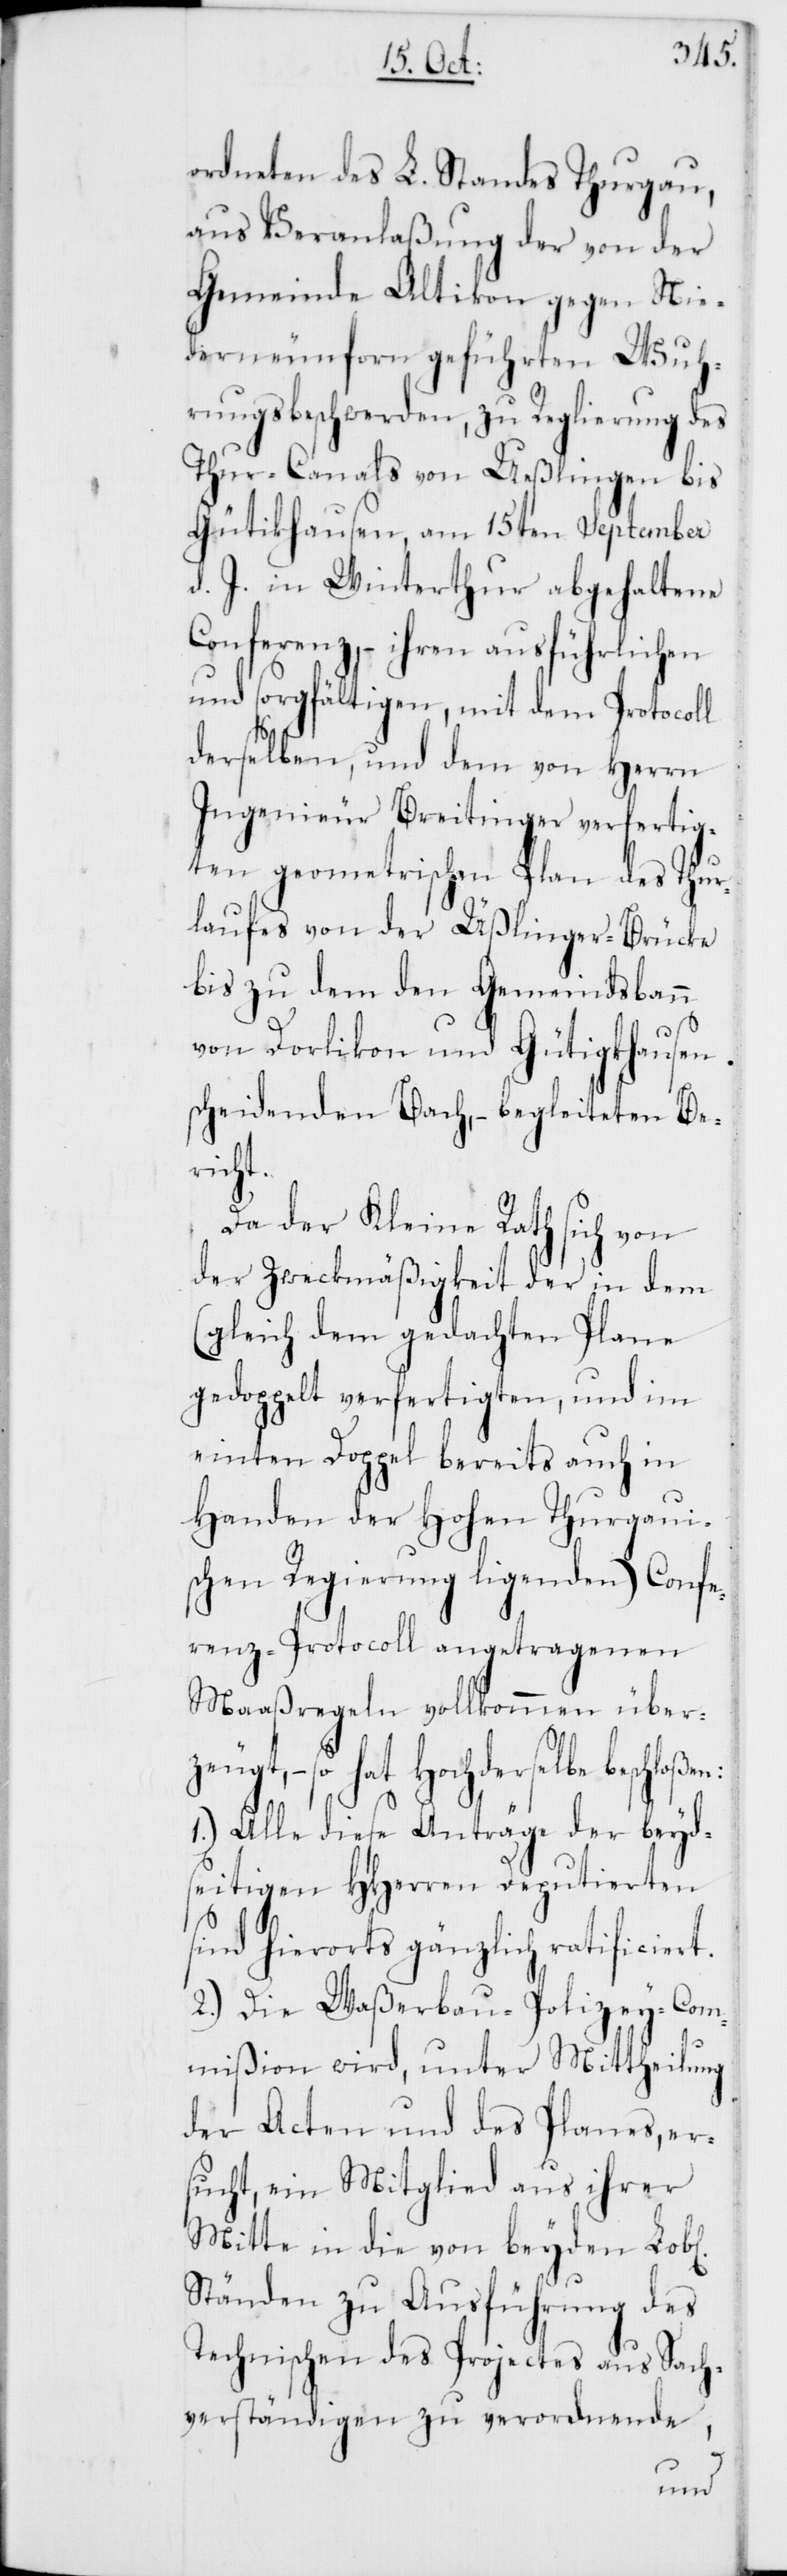
ordneten des L. Standes Thurgau,
aus Veranlaßung der von der
Gemeinde Altikon gegen Nie¬
derneunforn geführten Wuh¬
rungsbeschwerden, zu Reglierung des
Thur-Canals von Ueßlingen [s¬
d. J. in Winterthur abgehaltene
Conferenz, – ihren ausführlichen
und sorgfältigen, mit dem Protocoll
derselben, und dem von Herrn
Ingenieur Breitinger verfertig¬
ten geometrischen Plan des Thur¬
laufes von der Üßlinger-Brücke
bis zu dem Gemeindsbann
von Dorlikon und Gütigkhausen
scheidenden Bach, – begleiteten Ber¬
chen]
Da der Kleine Rath sich von
der Zweckmäßigkeit der in dem
(gleich dem gedachten Plane
gedoppelt verfertigten, und im
einten Doppel bereits auch in
Handen der Hohen Thurgaui¬
schen Regierung ligenden) Confe¬
renz-Protocoll angetragenen
Maaßregeln vollkommen über¬
rselbe beschloßen:
1.) Alle diese Anträge der beyd¬
seitigen HHerren Deputierten
sind hierorts gänzlich ratificiert.
2.) Die Waßerbau-Polizey-Com¬
mißion wird, unter Mittheilung
der Acten und des Planes, er¬
sucht, ein Mitglied aus ihrer
Mitte in die von beyden Lobl[i¬
Ständen zu Ausführung des
Technischen des Projectes aus Sach¬
verständigen zu verordnende,